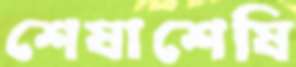
শেষাশেষি